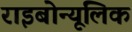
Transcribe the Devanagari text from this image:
राइबोन्यूलिक